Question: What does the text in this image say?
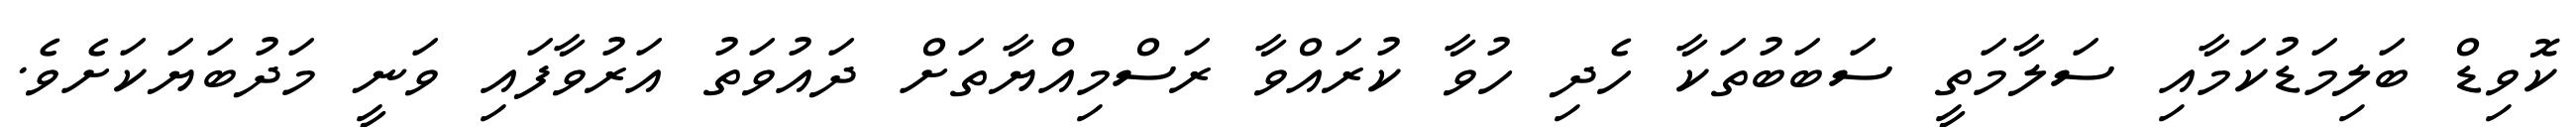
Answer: ކޮވިޑް ބަލިމަޑުކަމާއި ސަލާމަތީ ސަބަބުތަކާ ހެދި ހުވާ ކުރައްވާ ރަސްމިއްޔާތަށް ދައުވަތު އަރުވާފައި ވަނީ މަދުބަޔަކަށެވެ.